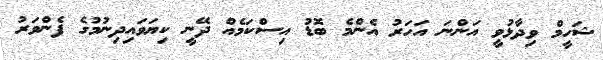
ޝަހީމް ވިދާޅުވީ އަންނަ އަހަރު އެންމެ ބޮޑު އިސްކަމެއް ދޭނީ ކިޔަވައިދިނުމުގެ ފެންވަރު